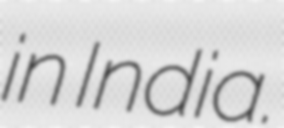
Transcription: in India.